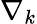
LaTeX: \nabla_{k}